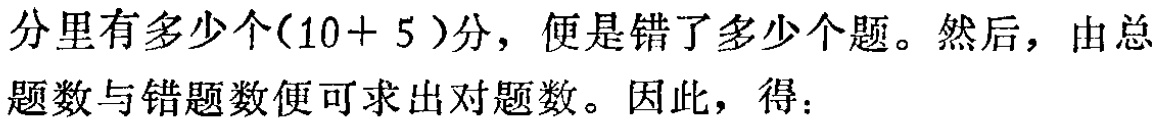
分里有多少个\((10 + 5)\)分，便是错了多少个题。然后，由总题数与错题数便可求出对题数。因此，得：